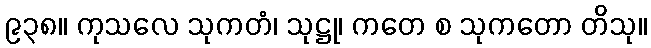
၉၃၈။ ကုသလေ သုကတံ၊ သုဋ္ဌု၊ ကတေ စ သုကတော တိသု။